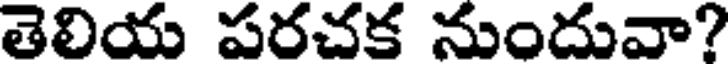
తెలియ పరచక నుందువా?